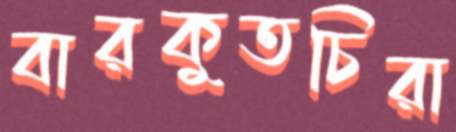
বারকুতচিরা